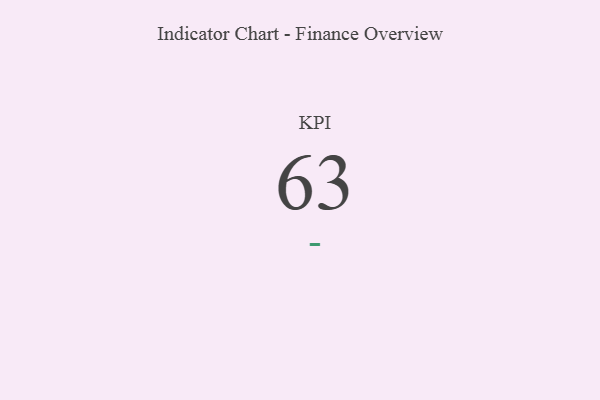
{"axis": {"x": "KPI", "y": "Value"}, "legend": [""], "data": [{"x": "KPI", "y": 63, "type": ""}]}